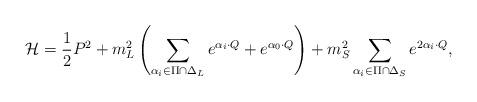
LaTeX: \begin{align*}{\cal H}={1\over2}P^2+m^2_L\left(\sum_{\alpha_i\in\Pi\cap\Delta_L} e^{\alpha_i\cdot Q} +e^{\alpha_0\cdot Q}\right)+ m^2_S\sum_{\alpha_i\in\Pi\cap\Delta_S}e^{2\alpha_i\cdot Q}, \end{align*}